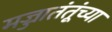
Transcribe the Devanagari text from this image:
मज्जातंतूंच्या